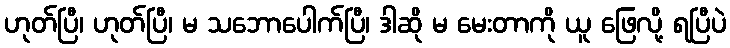
ဟုတ်ပြီ၊ ဟုတ်ပြီ၊ မ သဘောပေါက်ပြီ၊ ဒါဆို မ မေးတာကို ယူ ဖြေလို့ ရပြီပဲ